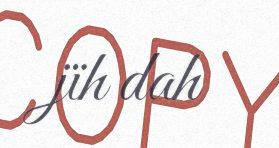
jïh dah